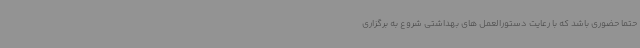
حتما حضوری باشد که با رعایت دستورالعمل های بهداشتی شروع به برگزاری